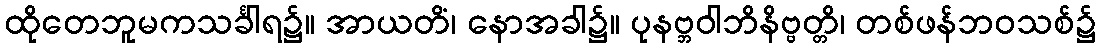
ထိုတေဘူမကသင်္ခါရ၌။ အာယတိံ၊ နောအခါ၌။ ပုနဗ္ဘဝါဘိနိဗ္ဗတ္တိ၊ တစ်ဖန်ဘဝသစ်၌